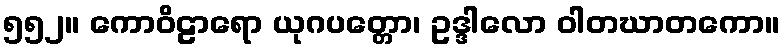
၅၅၂။ ကောဝိဠာရော ယုဂပတ္တော၊ ဥဒ္ဒါလော ဝါတဃာတကော။